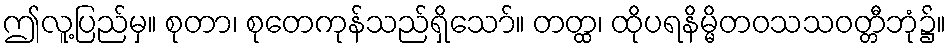
ဤလူ့ပြည်မှ။ စုတာ၊ စုတေကုန်သည်ရှိသော်။ တတ္ထ၊ ထိုပရနိမ္မိတဝသသဝတ္တီဘုံ၌။